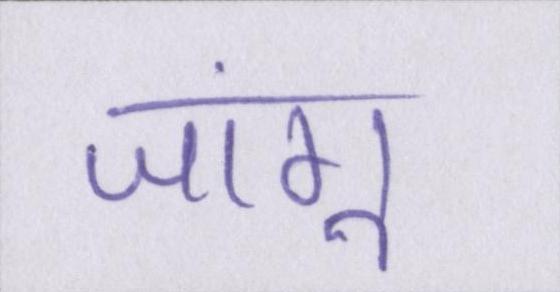
जांगू